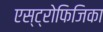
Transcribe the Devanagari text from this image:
एस्ट्रोफिजिका